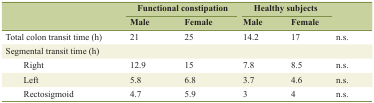
<table><thead><tr><td rowspan="2"></td><td colspan="2"><b>Functional constipation</b></td><td colspan="2"><b>Healthy subjects</b></td><td rowspan="2"></td></tr><tr><td><b>Male</b></td><td><b>Female</b></td><td><b>Male</b></td><td><b>Female</b></td></tr></thead><tbody><tr><td>Total colon transit time (h)</td><td>21</td><td>25</td><td>14.2</td><td>17</td><td>n.s.</td></tr><tr><td>Segmental transit time (h)</td><td></td><td></td><td></td><td></td><td></td></tr><tr><td>Right</td><td>12.9</td><td>15</td><td>7.8</td><td>8.5</td><td>n.s.</td></tr><tr><td>Left</td><td>5.8</td><td>6.8</td><td>3.7</td><td>4.6</td><td>n.s.</td></tr><tr><td>Rectosigmoid</td><td>4.7</td><td>5.9</td><td>3</td><td>4</td><td>n.s.</td></tr></tbody></table>